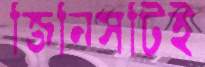
জিনিসটিই